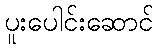
ပူးပေါင်းဆောင်